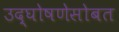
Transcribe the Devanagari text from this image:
उद्घोषणेसोबत